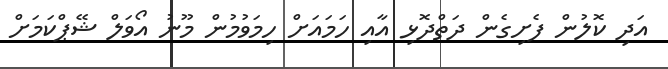
އަދި ކޮލުން ފެށިގެން ދަތްދޮޅި އާއި ހަމައަށް ހިމަވުމުން މޫނު އޯވަލް ޝޭޕްކަމަށް